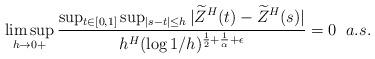
LaTeX: \begin{align*}\displaystyle\limsup_{h\to 0+}\dfrac{\sup_{t\in [0, 1]}\sup_{|s-t|\leq h}|\widetilde Z^H(t)- \widetilde Z^H(s)|}{h^{H}(\log{1/h})^{\frac 1 2 +\frac {1} \alpha + \epsilon}}=0\;\;a.s.\end{align*}